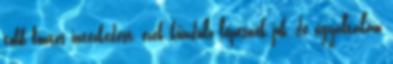
több fontos intézkedést, ezek kiinduló lépésnek jók, de egyáltalán